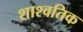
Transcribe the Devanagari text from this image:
शाश्वतिक